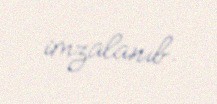
imzalanıb.